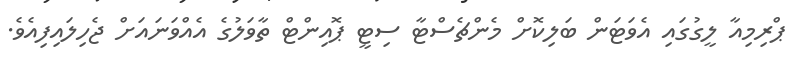
ޕްރިމިއާ ލީގުގައި އެވަޓަން ބަލިކޮށް މެންޗެސްޓާ ސިޓީ ޕޮއިންޓް ތާވަލުގެ އެއްވަނައަށް ޖެހިލައިފިއެވެ.